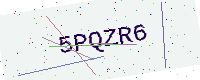
Text: 5PQZR6